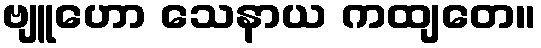
ဗျူဟော သေနာယ ကထျတေ။